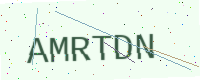
Text: AMRTDN